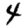
Digit: 4